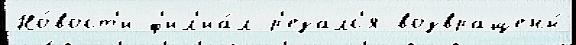
Но́вост'и ф'ил'иа́л р'езалс'я возвращены́